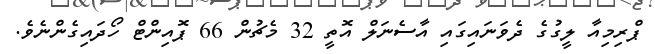
ޕްރިމިއާ ލީގުގެ ދެވަނައިގައި އާސެނަލް އޮތީ 32 މެޗުން 66 ޕޮއިންޓް ހޯދައިގެންނެވެ.